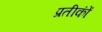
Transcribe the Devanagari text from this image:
प्रतीकोंं